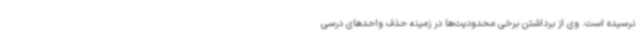
نرسیده است. وی از برداشتن برخی محدودیت‌ها در زمینه حذف واحدهای درسی